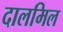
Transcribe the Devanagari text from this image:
दालमिल